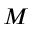
M